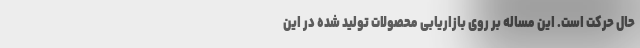
حال حرکت است. این مساله بر روی بازاریابی محصولات تولید شده در این